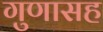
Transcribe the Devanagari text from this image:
गुणासह